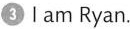
③ l am Ryan.